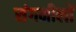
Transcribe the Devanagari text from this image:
संगमीलों